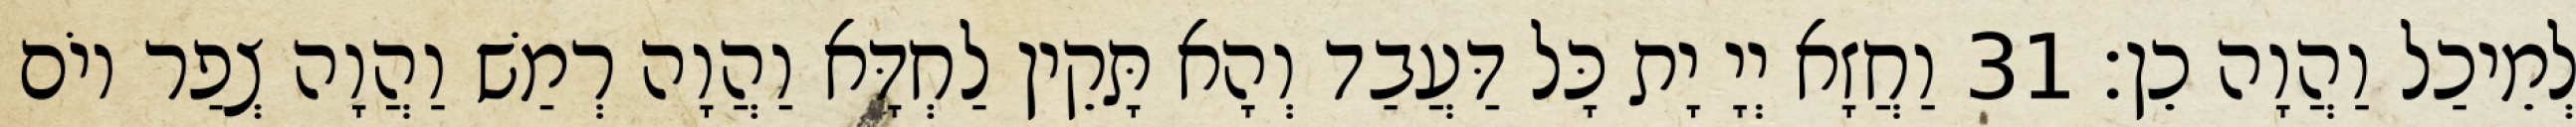
לְמֵיכַל וַהֲוָה כֵן׃ 31 וַחֲזָא יְיָ יָת כָּל דַּעֲבַד וְהָא תָּקֵין לַחְדָּא וַהֲוָה רְמַשׁ וַהֲוָה צְפַר יוֹם